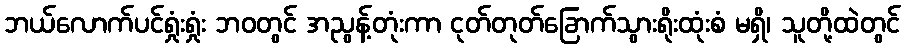
ဘယ်လောက်ပင်ရှုံးရှုံး ဘဝတွင် အညွန့်တုံးကာ ငုတ်တုတ်ခြောက်သွားရိုးထုံးစံ မရှိ၊ သူတို့ထဲတွင်